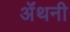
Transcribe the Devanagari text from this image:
ॲंथनी